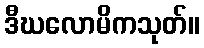
ဒီဃလောမိကသုတ်။